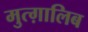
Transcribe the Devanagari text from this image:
मुत्ग़ालिब